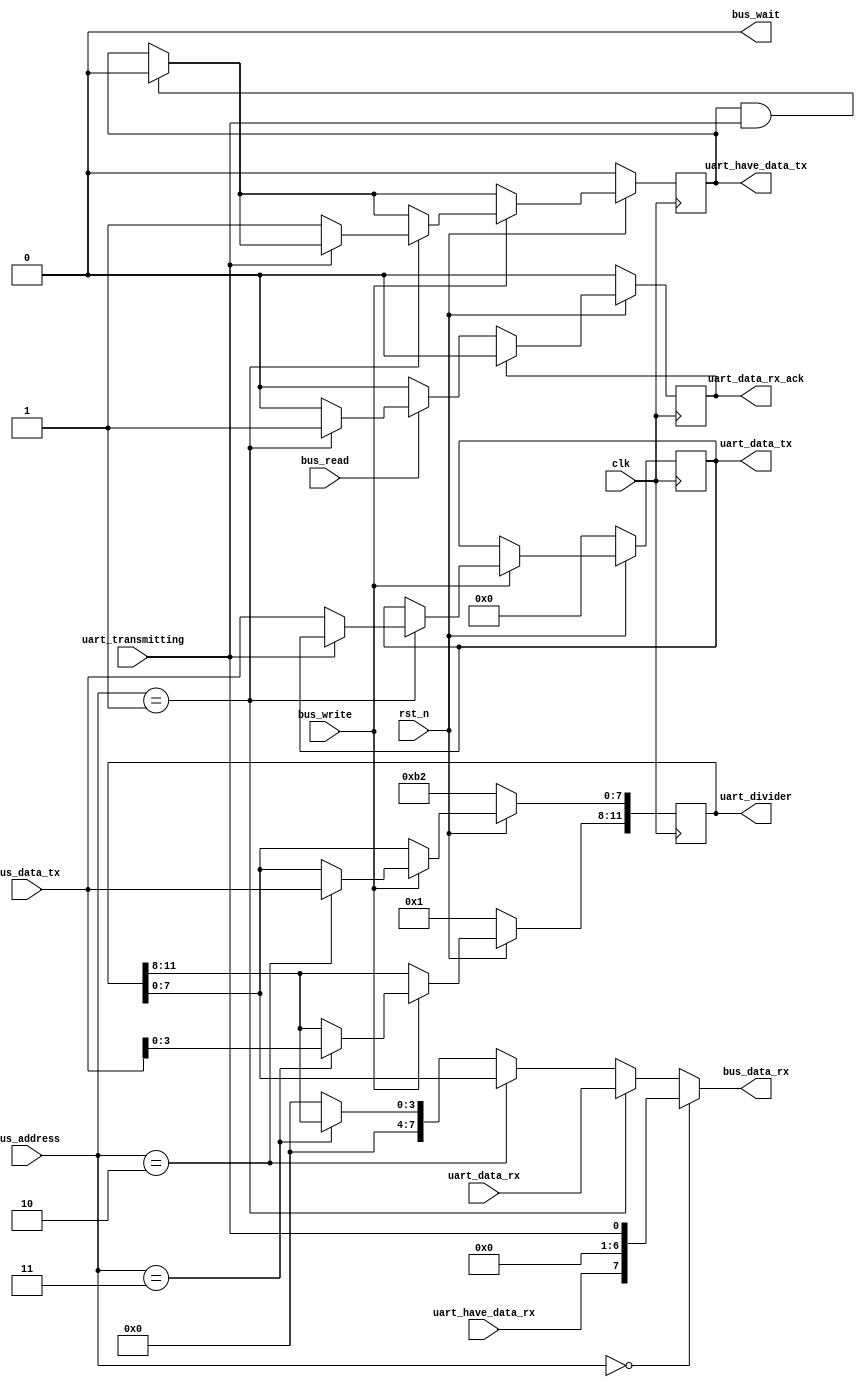
`default_nettype none

`define REGISTER_STATUS 2'h0
`define REGISTER_DATA 2'h1
`define REGISTER_DIVIDER_LOW 2'h2
`define REGISTER_DIVIDER_HIGH 2'h3

module uart_wrapper(
	input wire clk,
	input wire rst_n,

	input wire [1:0] bus_address,
	input wire [7:0] bus_data_tx,
	output wire [7:0] bus_data_rx,
	input wire bus_read,
	input wire bus_write,
	output wire bus_wait,

	output reg [11:0] uart_divider,

	output reg [7:0] uart_data_tx,
	output reg uart_have_data_tx,
	input wire uart_transmitting,

	input wire [7:0] uart_data_rx,
	input wire uart_have_data_rx,
	output reg uart_data_rx_ack
);

	assign bus_wait = 1'b0;

	wire [7:0] status_register = {
		uart_have_data_rx,
		1'b0,
		1'b0,
		1'b0,
		1'b0,
		1'b0,
		1'b0,
		uart_transmitting
	};

	// TODO: implement divider
	assign bus_data_rx = (bus_address == `REGISTER_STATUS) ? status_register :
		(bus_address == `REGISTER_DATA) ? uart_data_rx :
		(bus_address == `REGISTER_DIVIDER_LOW) ? uart_divider[7:0] :
		(bus_address == `REGISTER_DIVIDER_HIGH) ? {4'h0, uart_divider[11:8]} :
		8'h00;

	always @(posedge clk) begin
		if (!rst_n) begin
			// TODO: would be cool if we could support autobauding
			// this would be useful for the bootloader
			uart_divider <= 434; // 115200 baud @ 50 MHz system clock

			uart_data_tx <= 8'h00;
			uart_have_data_tx <= 1'b0;
			uart_data_rx_ack <= 1'b0;
		end else begin
			if (bus_read) begin
				// read values are handled by the assign statement above
				// this just ensures that we acknowledge the read

				if (bus_address == `REGISTER_DATA) begin
					uart_data_rx_ack <= 1'b1;
				end
			end

			// these signals are only supposed to exist for one cycle
			if (uart_have_data_tx && uart_transmitting) begin
				uart_have_data_tx <= 1'b0;
			end
			if (uart_data_rx_ack) begin
				uart_data_rx_ack <= 1'b0;
			end

			if (bus_write) begin
				case (bus_address)
					`REGISTER_STATUS: begin
						// ignore
					end
					`REGISTER_DATA: begin
						if (!uart_transmitting) begin
							uart_data_tx <= bus_data_tx;
							uart_have_data_tx <= 1'b1;
						end
					end
					`REGISTER_DIVIDER_LOW: begin
						uart_divider[7:0] <= bus_data_tx;
					end
					`REGISTER_DIVIDER_HIGH: begin
						uart_divider[11:8] <= bus_data_tx[3:0];
					end
				endcase
			end
		end
	end

endmodule